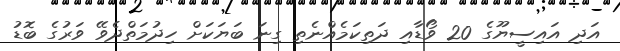
އަދި އައިސީޔޫގެ 20 ވޯޑާއި ދަތިކަމެއްނެތި ގިނަ ބަޔަކަށް ހިދުމަތްދެވޭ ވަރުގެ ބޮޑު